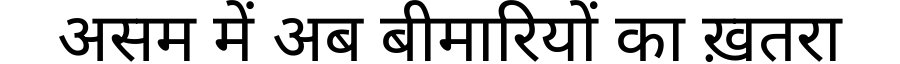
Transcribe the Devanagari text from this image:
असम में अब बीमारियों का ख़तरा